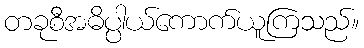
တခုစီအဓိပ္ပါယ်ကောက်ယူကြသည်။